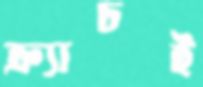
ক্র্যাচই